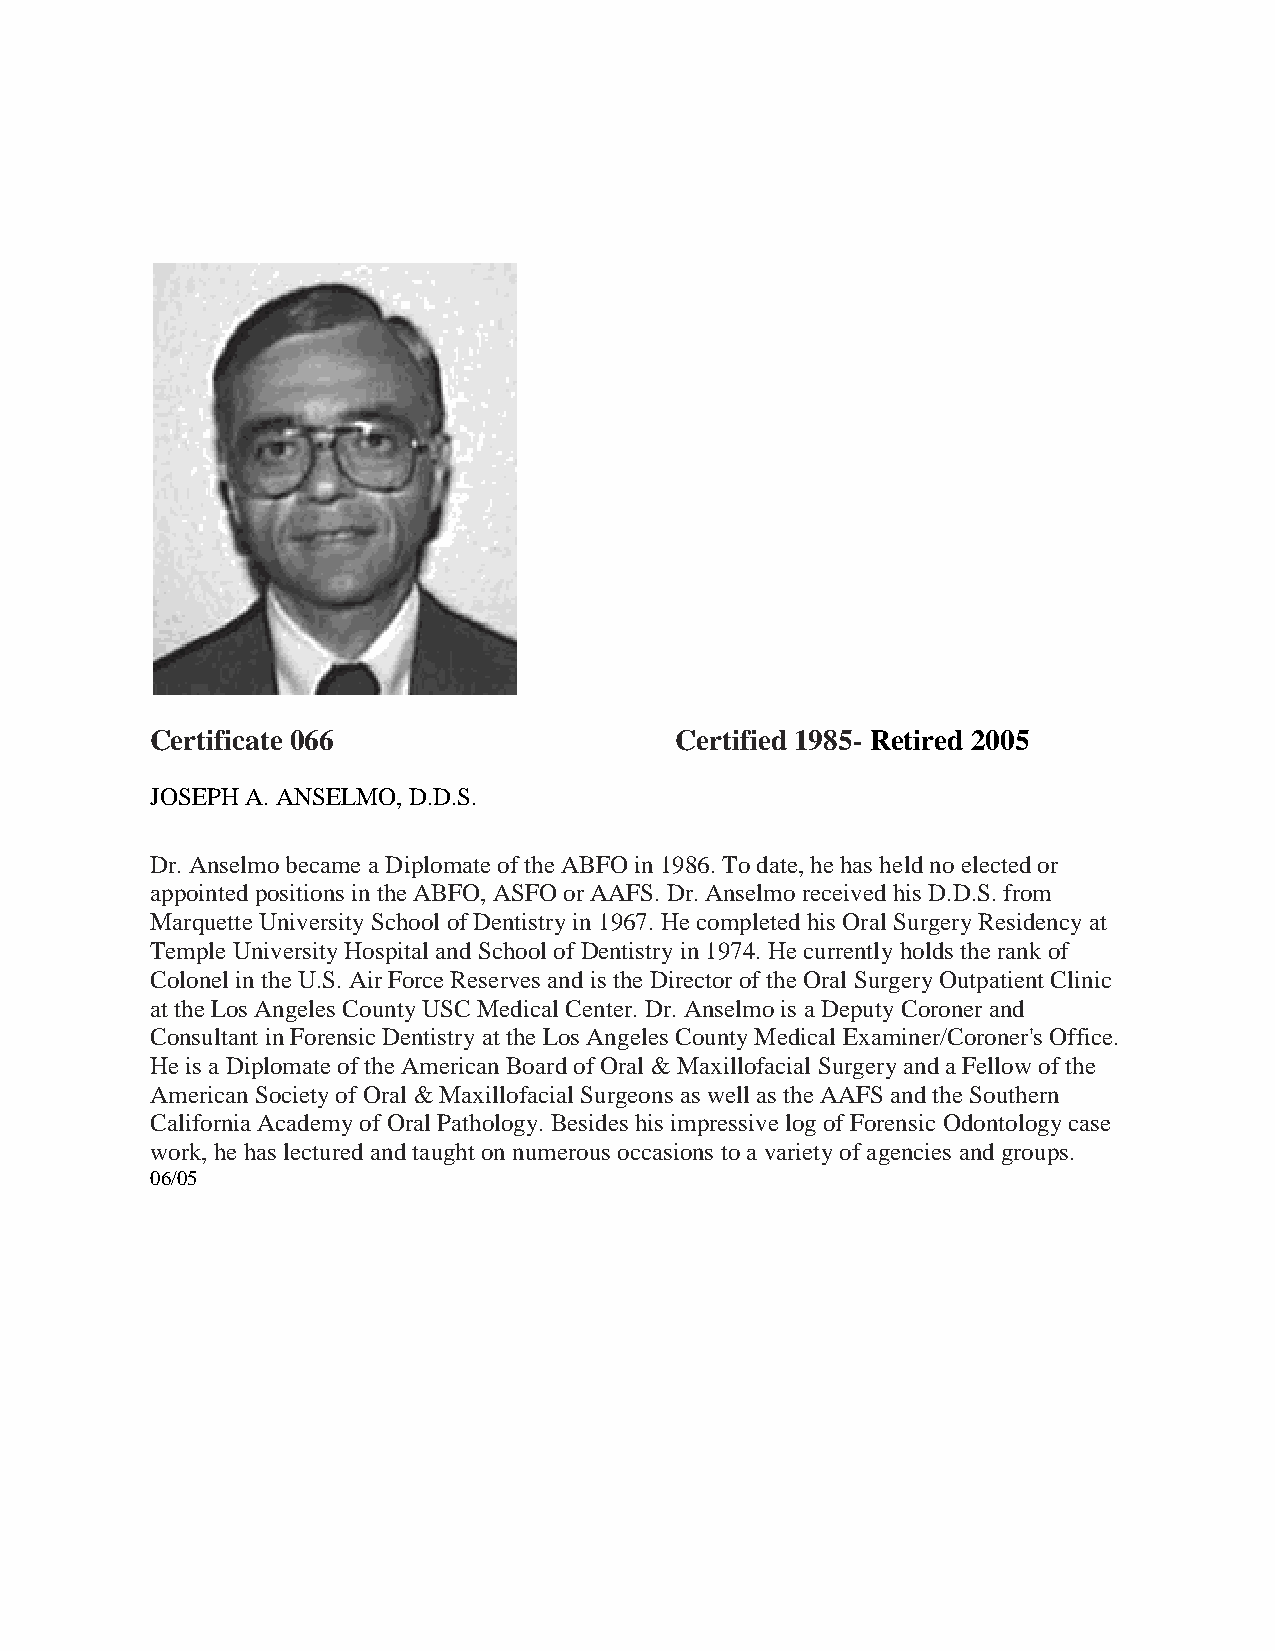
Certificate 066                    Certified 1985- Retired 2005
 JOSEPH A. ANSELMO, D.D.S.
 Dr. Anselmo became a Diplomate of the ABFO in 1986. To date, he has held no elected or
 appointed positions in the ABFO, ASFO or AAFS. Dr. Anselmo received his D.D.S. from
 Marquette University School of Dentistry in 1967. He completed his Oral Surgery Residency at
 Temple University Hospital and School of Dentistry in 1974. He currently holds the rank of
 Colonel in the U.S. Air Force Reserves and is the Director of the Oral Surgery Outpatient Clinic
 at the Los Angeles County USC Medical Center. Dr. Anselmo is a Deputy Coroner and
 Consultant in Forensic Dentistry at the Los Angeles County Medical Examiner/Coroner's Office.
 He is a Diplomate of the American Board of Oral & Maxillofacial Surgery and a Fellow of the
 American Society of Oral & Maxillofacial Surgeons as well as the AAFS and the Southern
 California Academy of Oral Pathology. Besides his impressive log of Forensic Odontology case
 work, he has lectured and taught on numerous occasions to a variety of agencies and groups.
 06/05